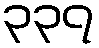
၃၃၇